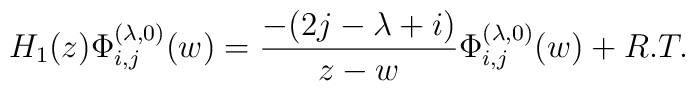
H_{1}(z) \Phi_{i,j}^{(\lambda , 0)}(w) = \frac{ - ( 2j - \lambda + i )}{z -w}\Phi_{i,j}^{(\lambda , 0)}(w) + R.T.